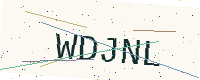
Text: WDJNL